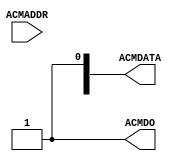
`timescale 1 ns / 100 ps
// ********************************************************************/
// Copyright 2008 Actel Corporation.  All rights reserved.
// IP Engineering
//
// ANY USE OR REDISTRIBUTION IN PART OR IN WHOLE MUST BE HANDLED IN
// ACCORDANCE WITH THE ACTEL LICENSE AGREEMENT AND MUST BE APPROVED
// IN ADVANCE IN WRITING.
//
//
// Description: Simple APB Bus Controller
//              ACM Lookup table
//
// Rev: 2.4   24Jan08 IPB  : Production Release
//
// SVN Revision Information:
// SVN $Revision: 11062 $
// SVN $Date: 2009-11-17 09:10:16 -0800 (Tue, 17 Nov 2009) $
//
// Notes:
//
// *********************************************************************/
module COREABC_C0_COREABC_C0_0_ACMTABLE (ACMADDR, ACMDATA, ACMDO);
    input[7:0] ACMADDR;
    output[7:0] ACMDATA;
    reg[7:0] ACMDATA;
    output ACMDO;
    reg ACMDO;
    parameter TESTMODE = 0;
    // This is dummy data used for testing
    always @(ACMADDR)
    begin : xhdl_1
        reg[7:0] ADDRINT;
        ADDRINT = ACMADDR;
        ACMDO <= 1'b1 ;
        if (TESTMODE>0)
        begin
          case (ADDRINT)
              0, 1, 2, 3, 4, 5, 6, 7,
              8, 9, 10, 11, 12, 13, 14, 15, 16, 17,
              18, 19, 20, 21, 22, 23, 24, 25, 26, 27,
              28, 29, 30, 31, 32, 33, 34, 35, 36, 37,
              38, 39, 40, 41, 42, 43, 44, 45, 46, 47,
              48, 49, 50, 51, 52, 53, 54, 55, 56, 57,
              58, 59, 60, 61, 62, 63, 64, 65, 66, 67,
              68, 69, 70, 71, 72, 73, 74, 75, 76, 77,
              78, 79, 80, 81, 82, 83, 84, 85, 86, 87,
              88, 89, 90, 91, 92, 93, 94, 95, 96, 97,
              98, 99 :
                          begin
                              ACMDATA <= ~ACMADDR ;
                          end
              101, 102, 103, 104, 105, 106, 107,
              108, 109, 110, 111, 112, 113, 114, 115,
              116, 117, 118, 119, 120, 121, 122, 123,
              124, 125, 126, 127, 128, 129, 130, 131,
              132, 133, 134, 135, 136, 137, 138, 139,
              140, 141, 142, 143, 144, 145, 146, 147,
              148, 149, 150, 151, 152, 153, 154, 155,
              156, 157, 158, 159, 160, 161, 162, 163,
              164, 165, 166, 167, 168, 169, 170, 171,
              172, 173, 174, 175, 176, 177, 178, 179,
              180, 181, 182, 183, 184, 185, 186, 187,
              188, 189, 190, 191, 192, 193, 194, 195,
              196, 197, 198, 199, 200, 201, 202, 203,
              204, 205, 206, 207, 208, 209, 210, 211,
              212, 213, 214, 215, 216, 217, 218, 219,
              220, 221, 222, 223, 224, 225, 226, 227,
              228, 229, 230, 231, 232, 233, 234, 235,
              236, 237, 238, 239, 240, 241, 242, 243,
              244, 245, 246, 247, 248, 249, 250, 251,
              252, 253, 254, 255 :
                          begin
                              ACMDATA <= ~ACMADDR ;
                          end
              default :
                          begin
                              ACMDATA <= {8{1'bx}} ;
                              ACMDO   <= 1'b0 ;
                          end
          endcase
        end
        if (TESTMODE==0)
        begin
     // CCDirective Insert code

        end
    end
endmodule